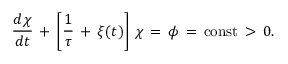
\frac { d \chi } { d t } \, + \, \left[ \frac { 1 } { \tau } \, + \, \xi ( t ) \right] \, \chi \, = \, \phi \, = \, \mathrm { c o n s t } \, > \, 0 .